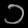
Digit: ၁